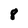
Character: 8